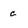
Character: c